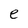
Character: e